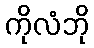
ကိုလံဘို